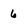
Character: 6